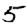
Digit: 5